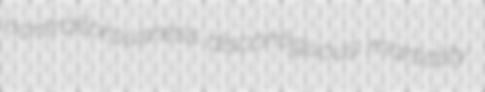
nontraitorousness discontiguous martiality